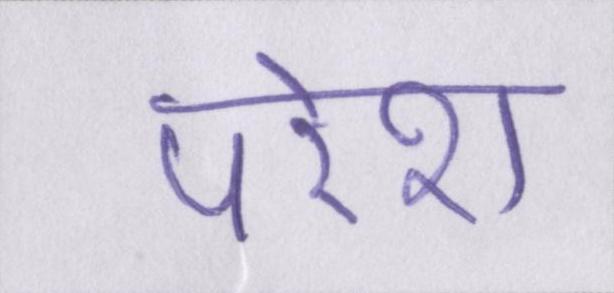
परेश